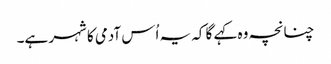
چنانچہ وہ کہے گا کہ یہ اُس آدمی کا شہر ہے۔